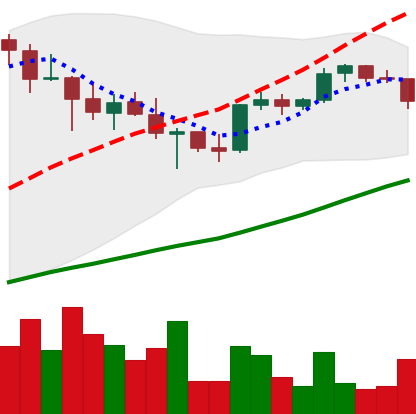
Ticker: XRP-USD
Chart end date: 2021-05-04
Forward return: 10.264%
Label: up_7plus